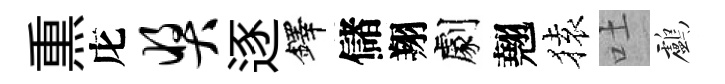
𤋱庀奖逐鐸儲翔劇翹𫞤吐鸕